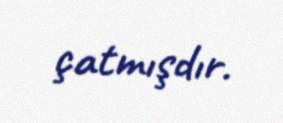
çatmışdır.